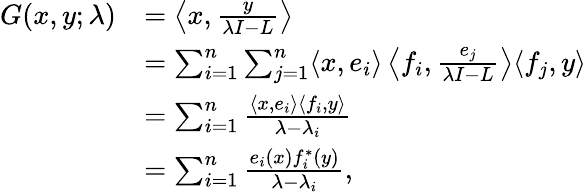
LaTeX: {\begin{array}{rl}{G(x,y;\lambda)}&{=\left\langle x,{\frac{y}{\lambda I-L}}\right\rangle}\\ &{=\sum_{i=1}^{n}\sum_{j=1}^{n}\langle x,e_{i}\rangle\left\langle f_{i},{\frac{e_{j}}{\lambda I-L}}\right\rangle\langle f_{j},y\rangle}\\ &{=\sum_{i=1}^{n}{\frac{\langle x,e_{i}\rangle\langle f_{i},y\rangle}{\lambda-\lambda_{i}}}}\\ &{=\sum_{i=1}^{n}{\frac{e_{i}(x)f_{i}^{*}(y)}{\lambda-\lambda_{i}}},}\end{array}}